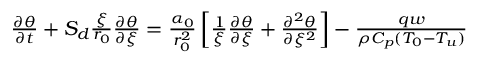
\begin{array} { r } { \frac { \partial \theta } { \partial t } + S _ { d } \frac { \xi } { r _ { 0 } } \frac { \partial \theta } { \partial \xi } = \frac { \alpha _ { 0 } } { r _ { 0 } ^ { 2 } } \left[ \frac { 1 } { \xi } \frac { \partial \theta } { \partial \xi } + \frac { \partial ^ { 2 } \theta } { \partial \xi ^ { 2 } } \right] - \frac { q w } { \rho C _ { p } ( T _ { 0 } - T _ { u } ) } } \end{array}